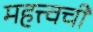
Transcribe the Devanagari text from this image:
महत्त्वची